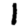
Digit: 1